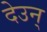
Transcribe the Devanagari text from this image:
देउन्